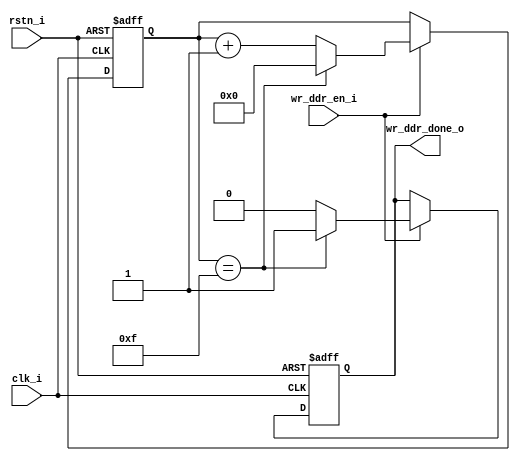
/*
 * simple write op just for test
 * */
module write_op
 (
     input rstn_i,
     input clk_i,

     input      wr_ddr_en_i,
     output reg wr_ddr_done_o
 );

 reg [ 4-1:0 ] test_count; // juest for control when to finish write

 always @( negedge rstn_i  or posedge clk_i )
 begin
    if( rstn_i == 1'b0 )
    begin
        test_count    <= 4'd0;
        wr_ddr_done_o <= 1'b0;
    end
    else if( wr_ddr_en_i == 1'b1 )
    begin
        if( test_count == 4'd15 )
        begin
            test_count    <= 4'd0;
            wr_ddr_done_o <= 1'b1;
        end
        else
        begin
            test_count    <= test_count + 4'd1;
            wr_ddr_done_o <= 1'b0;
        end
    end
 end

endmodule